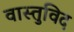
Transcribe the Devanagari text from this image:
वास्‍तुविद